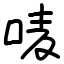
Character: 唛